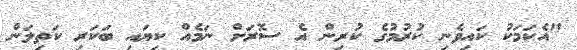
"އެކަމަކު ކައިވެނި ކުރުމުގެ ކުރިން އެ ސޮރަށް ނަމެއް ކިޔައި ބަކަރި ކަތިލަން